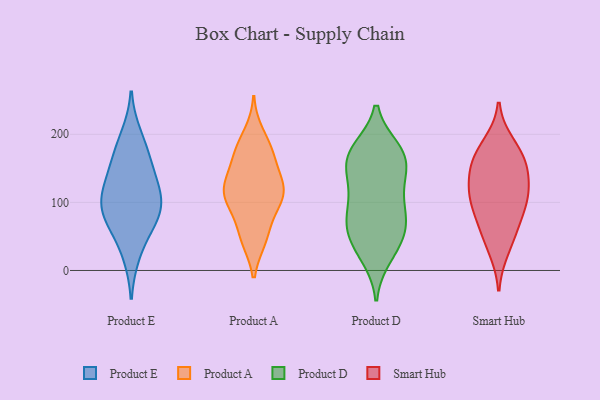
{"axis": {"x": "Net Income (USD K)", "y": "Value"}, "legend": ["Product A", "Product D", "Product E", "Smart Hub"], "data": [{"x": "", "y": 113, "type": "Product E"}, {"x": "", "y": 85, "type": "Product E"}, {"x": "", "y": 126, "type": "Product E"}, {"x": "", "y": 83, "type": "Product E"}, {"x": "", "y": 24, "type": "Product E"}, {"x": "", "y": 160, "type": "Product E"}, {"x": "", "y": 86, "type": "Product E"}, {"x": "", "y": 197, "type": "Product E"}, {"x": "", "y": 168, "type": "Product E"}, {"x": "", "y": 65, "type": "Product E"}, {"x": "", "y": 119, "type": "Product E"}, {"x": "", "y": 52, "type": "Product A"}, {"x": "", "y": 120, "type": "Product A"}, {"x": "", "y": 91, "type": "Product A"}, {"x": "", "y": 166, "type": "Product A"}, {"x": "", "y": 200, "type": "Product A"}, {"x": "", "y": 118, "type": "Product A"}, {"x": "", "y": 117, "type": "Product A"}, {"x": "", "y": 111, "type": "Product A"}, {"x": "", "y": 182, "type": "Product A"}, {"x": "", "y": 117, "type": "Product A"}, {"x": "", "y": 87, "type": "Product A"}, {"x": "", "y": 116, "type": "Product A"}, {"x": "", "y": 171, "type": "Product A"}, {"x": "", "y": 165, "type": "Product A"}, {"x": "", "y": 136, "type": "Product A"}, {"x": "", "y": 46, "type": "Product A"}, {"x": "", "y": 46, "type": "Product A"}, {"x": "", "y": 178, "type": "Product D"}, {"x": "", "y": 96, "type": "Product D"}, {"x": "", "y": 160, "type": "Product D"}, {"x": "", "y": 175, "type": "Product D"}, {"x": "", "y": 144, "type": "Product D"}, {"x": "", "y": 65, "type": "Product D"}, {"x": "", "y": 81, "type": "Product D"}, {"x": "", "y": 101, "type": "Product D"}, {"x": "", "y": 68, "type": "Product D"}, {"x": "", "y": 56, "type": "Product D"}, {"x": "", "y": 174, "type": "Product D"}, {"x": "", "y": 133, "type": "Product D"}, {"x": "", "y": 156, "type": "Product D"}, {"x": "", "y": 121, "type": "Product D"}, {"x": "", "y": 37, "type": "Product D"}, {"x": "", "y": 20, "type": "Product D"}, {"x": "", "y": 65, "type": "Product D"}, {"x": "", "y": 174, "type": "Product D"}, {"x": "", "y": 28, "type": "Product D"}, {"x": "", "y": 104, "type": "Smart Hub"}, {"x": "", "y": 142, "type": "Smart Hub"}, {"x": "", "y": 102, "type": "Smart Hub"}, {"x": "", "y": 185, "type": "Smart Hub"}, {"x": "", "y": 57, "type": "Smart Hub"}, {"x": "", "y": 106, "type": "Smart Hub"}, {"x": "", "y": 32, "type": "Smart Hub"}, {"x": "", "y": 169, "type": "Smart Hub"}, {"x": "", "y": 69, "type": "Smart Hub"}, {"x": "", "y": 118, "type": "Smart Hub"}, {"x": "", "y": 151, "type": "Smart Hub"}, {"x": "", "y": 163, "type": "Smart Hub"}]}